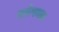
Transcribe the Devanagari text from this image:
तरंगवत